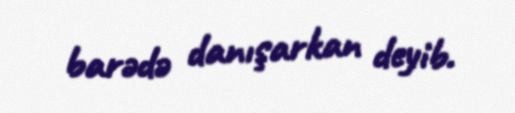
barədə danışarkan deyib.